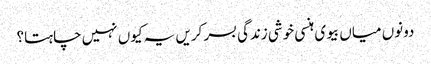
دونوں میاں بیوی ہنسی خوشی زندگی بسر کریں یہ کیوں نہیں چاہتا؟